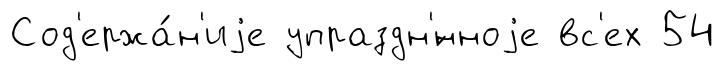
Сод'ержа́н'иjе упраздн'́нноjе вс'ех 54